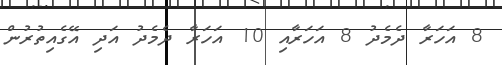
8 އަހަރާ ދެމެދު 8 އަަހަރާއި 10 އަހަރާ ދެމެދު އަދި އޭގެއިތުރުން